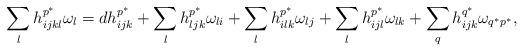
LaTeX: \begin{align*}\sum_lh^{p^{\ast}}_{ijkl}\omega_l=dh^{p^{\ast}}_{ijk}+\sum_lh^{p^{\ast}}_{ljk}\omega_{li}+\sum_lh^{p^{\ast}}_{ilk}\omega_{lj}+\sum_l h^{p^{\ast}}_{ijl}\omega_{lk}+\sum_{q} h^{q^{\ast}}_{ijk}\omega_{{q^{\ast}p^{\ast}}},\end{align*}